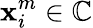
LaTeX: \mathbf{x}_{i}^{m}\in\mathbb{{C}}